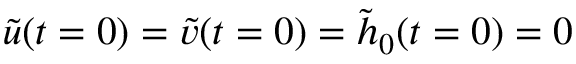
\tilde { u } ( t = 0 ) = \tilde { v } ( t = 0 ) = \tilde { h } _ { 0 } ( t = 0 ) = 0